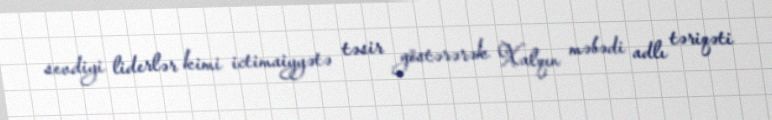
sevdiyi liderlər kimi ictimaiyyətə təsir göstərərək Xalqın məbədi adlı təriqəti